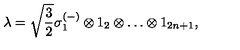
\lambda = \sqrt { \frac { 3 } { 2 } } \sigma _ { 1 } ^ { ( - ) } \otimes 1 _ { 2 } \otimes \ldots \otimes 1 _ { 2 n + 1 } ,